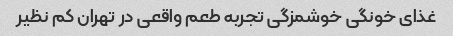
غذای خونگی خوشمزگی تجربه طعم واقعی در تهران کم نظیر